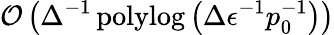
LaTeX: \mathcal{O}\left(\Delta^{-1}\operatorname{polylog}\left(\Delta\epsilon^{-1}p_{0}^{-1}\right)\right)